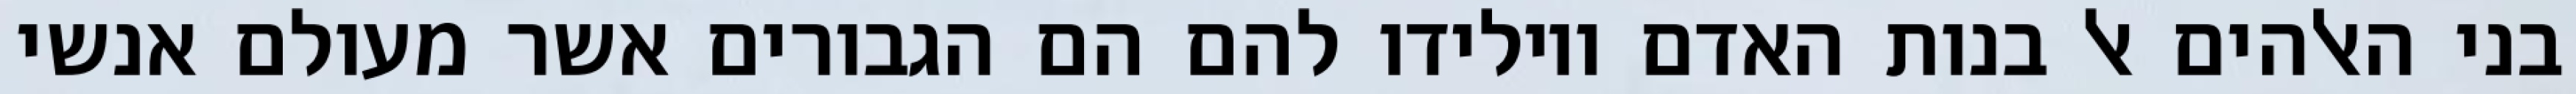
בני האלהים אל בנות האדם ויולידו להם הם הגבורים אשר מעולם אנשי